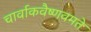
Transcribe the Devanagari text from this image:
चार्वाकवैष्णवमते